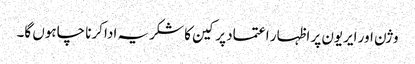
وژن اور ایریون پر اظہار اعتماد پر کین کا شکریہ ادا کرنا چاہوں گا۔